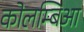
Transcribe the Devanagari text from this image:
कोलम्बिआ